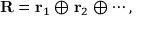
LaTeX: { \bf R } = { \bf r } _ { 1 } \oplus { \bf r } _ { 2 } \oplus \cdots ,